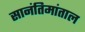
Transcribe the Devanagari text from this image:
सानंतिमांताल